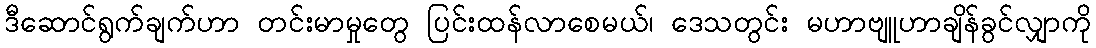
ဒီဆောင်ရွက်ချက်ဟာ တင်းမာမှုတွေ ပြင်းထန်လာစေမယ်၊ ဒေသတွင်း မဟာဗျူဟာချိန်ခွင်လျှာကို